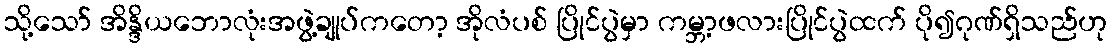
သို့သော် အိန္ဒိယဘောလုံးအဖွဲ့ချုပ်ကတော့ အိုလံပစ် ပြိုင်ပွဲမှာ ကမ္ဘာ့ဖလားပြိုင်ပွဲထက် ပို၍ဂုဏ်ရှိသည်ဟု